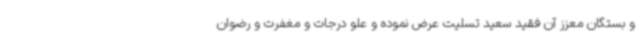
و بستگان معزز آن فقید سعید تسلیت عرض نموده و علو درجات و مغفرت و رضوان